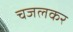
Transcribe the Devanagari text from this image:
चजलकर